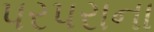
પરપરાના